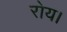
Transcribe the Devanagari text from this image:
रोय।